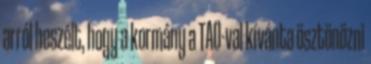
arról beszélt, hogy a kormány a TAO-val kívánta ösztönözni